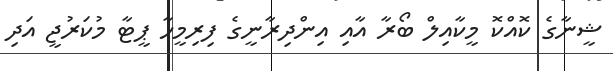
ޝީނާގެ ކޮއްކޮ މީކާއިލް ބޯރާ އާއި އިންދިރާނީގެ ފިރިމީހާ ޕީޓާ މުކަރުޖީ އަދި